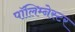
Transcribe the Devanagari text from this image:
पॉलिम्नेस्टर